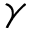
\gamma